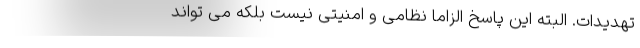
تهدیدات. البته این پاسخ الزاما نظامی و امنیتی نیست بلکه می تواند